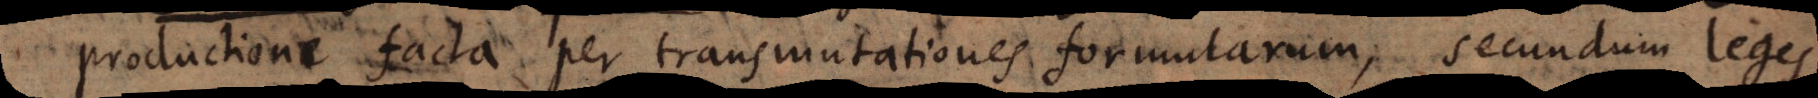
productione facta per transmutationes formularum, secundum leges